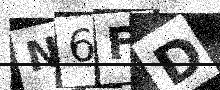
Text: N6FD